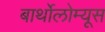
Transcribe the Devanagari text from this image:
बार्थोलोम्यूस